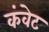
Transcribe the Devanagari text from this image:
कंवेट